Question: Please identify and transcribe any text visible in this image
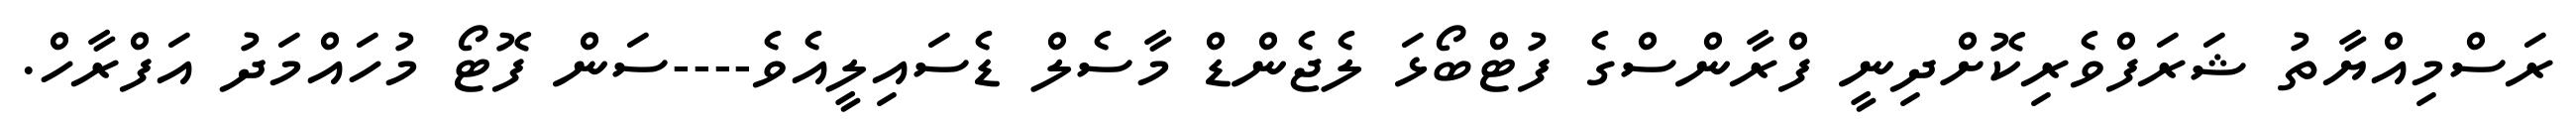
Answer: ރަސްމިއްޔާތު ޝަރަފްވެރިކޮށްދިނީ ފްރާންސްގެ ފުޓްބޯޅަ ލެޖެންޑް މާސެލް ޑެސައިލީއެވެ----ސަން ފޮޓޯ މުހައްމަދު އަފްރާހް.